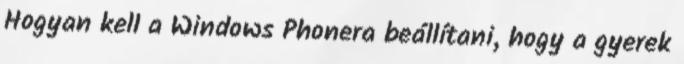
Hogyan kell a Windows Phonera beállítani, hogy a gyerek